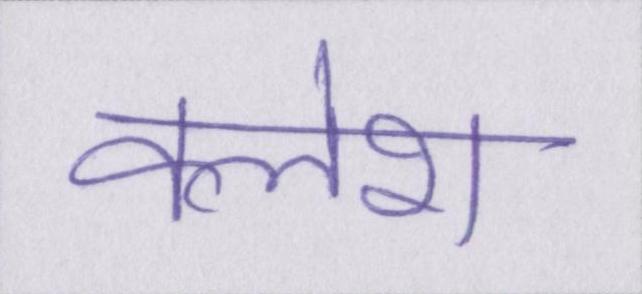
क्लेश